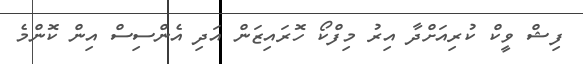
ފިޝް ވީކް ކުރިއަށްދާ އިރު މިފްކޯ ހޮރައިޒަން އަދި އެންސިސް އިން ކޮންމެ